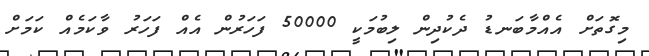
މިގޮތަށް އެއްމާބަނޑު ދެކުދިން ލިބުމަކީީ 50000 ފަހަރުން އެއް ފަހަރު ވާކަމެއް ކަމަށް